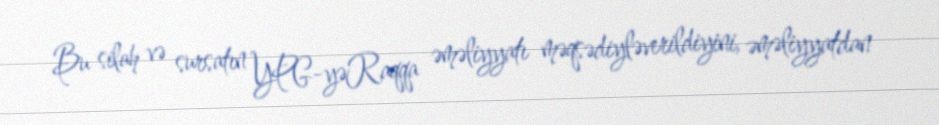
Bu silah və sursatın YPG-yəRaqqa əməliyyatı məqsədiyləverildiyini, əməliyyatdan